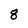
Character: 8